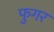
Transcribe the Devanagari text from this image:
फुगर